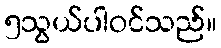
၅သွယ်ပါဝင်သည်။